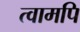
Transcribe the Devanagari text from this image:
त्वामपि